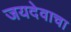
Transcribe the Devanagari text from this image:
जयदेवाचा